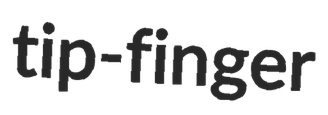
tip-finger